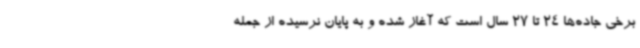
برخی جاده‌ها 24 تا 27 سال است که آغاز شده و به پایان نرسیده از جمله